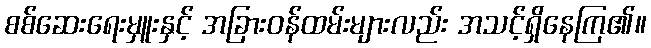
စစ်ဆေးရေးမှူးနှင့် အခြားဝန်ထမ်းများလည်း အသင့်ရှိနေကြ၏။